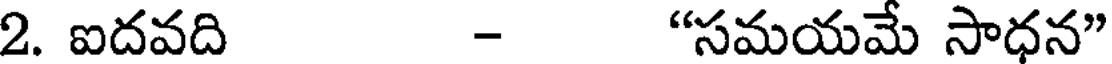
2. ఐదవది - "సమయమే సాధన"